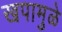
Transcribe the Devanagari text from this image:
खपामुळे